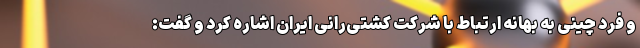
و فرد چینی به بهانه ارتباط با شرکت کشتی‌رانی ایران اشاره کرد و گفت: